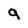
Character: 9